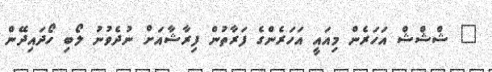
" ޝްޝްޝް އަހަރެން މިއައީ އަހަރެންގެ ފަރާތުން ފިރާޝާއަށް ނުދެވުނު ލޯބި ހޯދައިދޭން